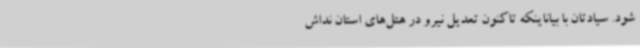
شود. سیادتان با بیاناینکه تاکنون تعدیل نیرو در هتل‌های استان نداش